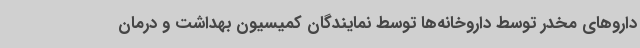
داروهای مخدر توسط داروخانه‌ها توسط نمایندگان کمیسیون بهداشت و درمان